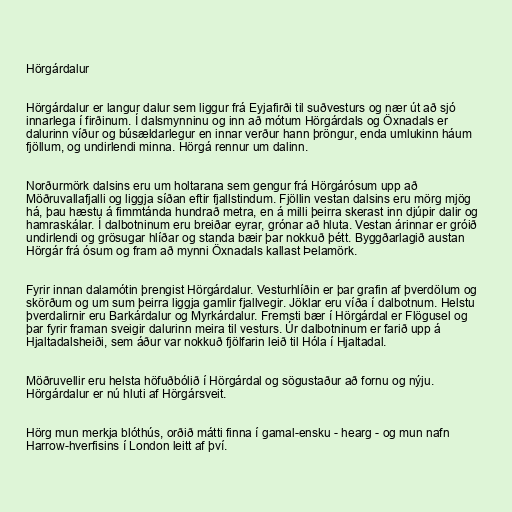
Hörgárdalur

Hörgárdalur er langur dalur sem liggur frá Eyjafirði til suðvesturs og nær út að sjó
innarlega í firðinum. Í dalsmynninu og inn að mótum Hörgárdals og Öxnadals er
dalurinn víður og búsældarlegur en innar verður hann þröngur, enda umlukinn háum
fjöllum, og undirlendi minna. Hörgá rennur um dalinn.

Norðurmörk dalsins eru um holtarana sem gengur frá Hörgárósum upp að
Möðruvallafjalli og liggja síðan eftir fjallstindum. Fjöllin vestan dalsins eru mörg mjög
há, þau hæstu á fimmtánda hundrað metra, en á milli þeirra skerast inn djúpir dalir og
hamraskálar. Í dalbotninum eru breiðar eyrar, grónar að hluta. Vestan árinnar er gróið
undirlendi og grösugar hlíðar og standa bæir þar nokkuð þétt. Byggðarlagið austan
Hörgár frá ósum og fram að mynni Öxnadals kallast Þelamörk.

Fyrir innan dalamótin þrengist Hörgárdalur. Vesturhlíðin er þar grafin af þverdölum og
skörðum og um sum þeirra liggja gamlir fjallvegir. Jöklar eru víða í dalbotnum. Helstu
þverdalirnir eru Barkárdalur og Myrkárdalur. Fremsti bær í Hörgárdal er Flögusel og
þar fyrir framan sveigir dalurinn meira til vesturs. Úr dalbotninum er farið upp á
Hjaltadalsheiði, sem áður var nokkuð fjölfarin leið til Hóla í Hjaltadal.

Möðruvellir eru helsta höfuðbólið í Hörgárdal og sögustaður að fornu og nýju.
Hörgárdalur er nú hluti af Hörgársveit.

Hörg mun merkja blóthús, orðið mátti finna í gamal-ensku - hearg - og mun nafn
Harrow-hverfisins í London leitt af því.